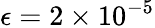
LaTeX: \epsilon=2\times 10^{-5}